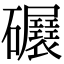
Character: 𥗷